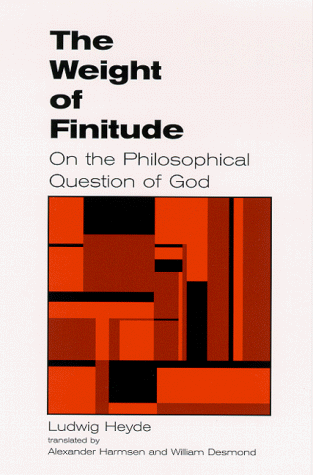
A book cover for The Weight of Finitude: On the Philosophical Question of God (Suny Series in Hegelian Studies); Ludwig Heyde; Religion & Spirituality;